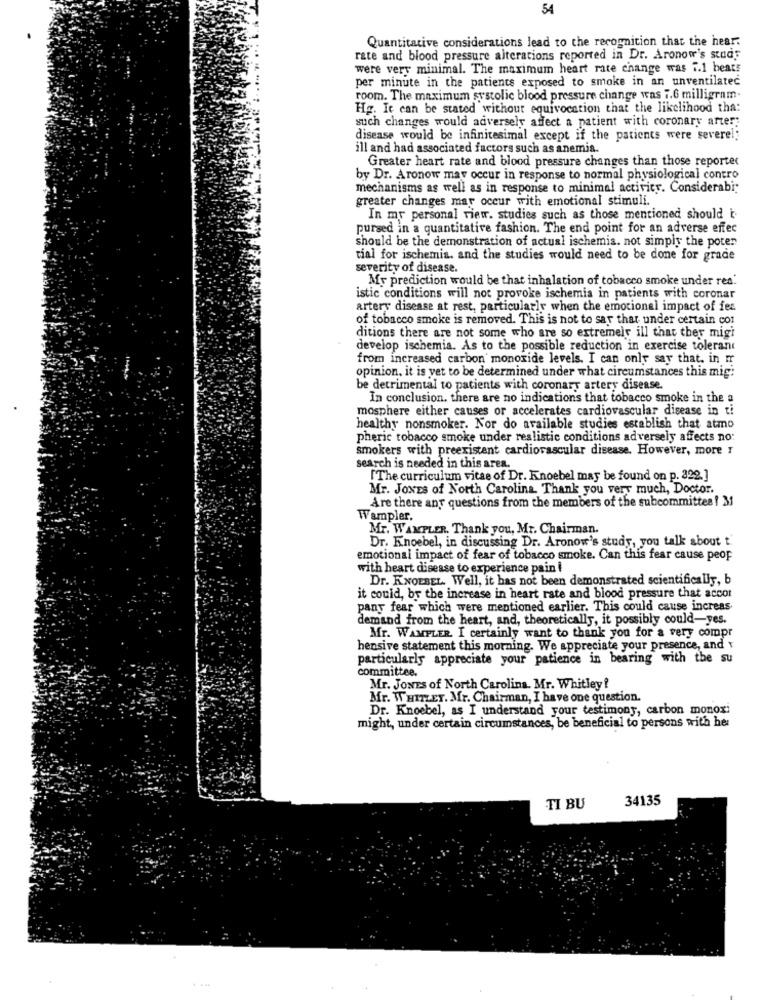
54
Quantitative considerations lead to the recognition that the hear.
rate and blood pressure alterations reported in Dr. Aronow's studs
were very minimal. The maximum heart rate change was 7.1 beats
per minute in the patients exposed to smoke in an unventilated
room. The maximum systolic blood pressure change was 7.6 milligram-
Hg. It can be stated without equivocation that the likelihood tha:
such changes would adversely affect a patient with coronary arter:
disease would be infinitesimal except if the patients were severel;
ill and had associated factors such as anemia.
Greater heart rate and blood pressure changes than those reporter
by Dr. Aronow may occur in response to normal physiological contro
mechanisms as well as in response to minimal activity. Considerabi;
greater changes may occur with emotional stimuli.
In my personal view. studies such as those mentioned should i
pursed in a quantitative fashion. The end point for an adverse effec
should be the demonstration of actual ischemia. not simply the poter
tial for ischemia. and the studies would need to be done for grade
severity of disease.
.My prediction would be that inhalation of tobacco smoke under red.
istic conditions will not provoke ischemia in patients with coronar
artery disease at rest, particularly when the emotional impact of fes
of tobacco smoke is removed. This is not to say that under certain con
ditions there are not some who are so extremely ill that ther migi
develop ischemia. As to the possible reduction in exercise tolerant
from increased carbon monoxide levels. I can only say that, in ir
opinion, it is yet to be determined under what circumstances this mig:
be detrimental to patients with coronary artery disease.
In conclusion. there are no indications that tobacco smoke in the a
mosphere either causes or accelerates cardiovascular disease in ti
healthy nonsmoker. Nor do available studies establish that atmo
pheric tobacco smoke under realistic conditions adversely affects no:
smokers with preexistent cardiovascular disease. However, more !
search is needed in this area.
['The curriculum vitae of Dr. Knoebel may be found on p. 322.]
Mr. JONES of North Carolina. Thank you very much, Doctor.
Are there any questions from the members of the subcommittee ! 3
Wampler.
Mr. WAMPLER. Thank you, Mr. Chairman.
Dr. Knoebel, in discussing Dr. Aronow's study, you talk about t.
emotional impact of fear of tobacco smoke. Can this fear cause peop
with heart disease to experience pain i
Dr. KNOEBEL. Well, it has not been demonstrated scientifically, b
it could, by the increase in heart rate and blood pressure that accor
pany fear which were mentioned earlier. This could cause increas
demand from the heart, and, theoretically, it possibly could-yes.
Mr. WAMPLER. I certainly want to thank you for a very compr
hensive statement this morning. We appreciate your presence, and v
particularly appreciate your patience in bearing with the su
committee.
Mr. Jones of North Carolina. Mr. Whitley ?
Mr. WHITLEY. Mr. Chairman, I have one question.
Dr. Knoebel, as I understand your testimony, carbon monoxi
might, under certain circumstances, be beneficial to persons with her
34135
TI BU